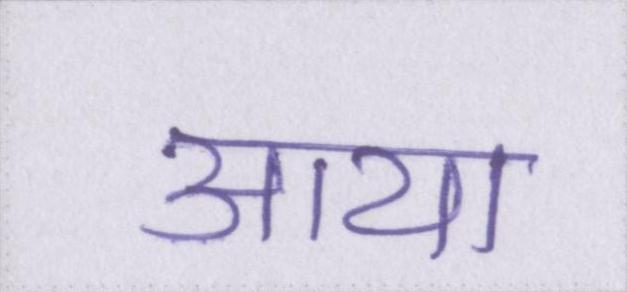
आया